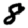
Digit: 8